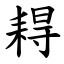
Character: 䎪